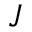
J